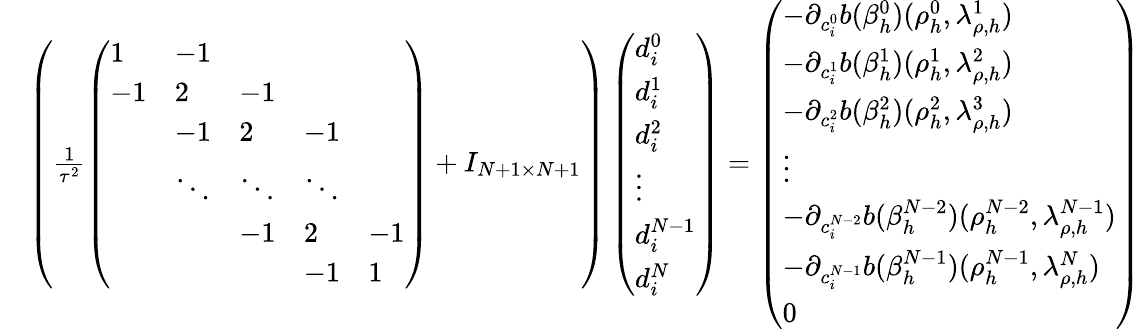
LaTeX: \begin{array}{rl}&{\left(\frac 1{\tau^{2}}\left(\begin{array}{lllll}{1}&{-1}&&&\\ {-1}&{2}&{-1}&&\\ &{-1}&{2}&{-1}&\\ &{\ddots}&{\ddots}&{\ddots}&\\ &&{-1}&{2}&{-1}\\ &&&{-1}&{1}\end{array}\right)+I_{N+1\times N+1}\right)\left(\begin{array}{l}{d_{i}^{0}}\\ {d_{i}^{1}}\\ {d_{i}^{2}}\\ {\vdots}\\ {d_{i}^{N-1}}\\ {d_{i}^{N}}\end{array}\right)=\left(\begin{array}{l}{-\partial_{c_{i}^{0}}b(\beta_{h}^{0})(\rho_{h}^{0},\lambda_{\rho,h}^{1})}\\ {-\partial_{c_{i}^{1}}b(\beta_{h}^{1})(\rho_{h}^{1},\lambda_{\rho,h}^{2})}\\ {-\partial_{c_{i}^{2}}b(\beta_{h}^{2})(\rho_{h}^{2},\lambda_{\rho,h}^{3})}\\ {\vdots}\\ {-\partial_{c_{i}^{N-2}}b(\beta_{h}^{N-2})(\rho_{h}^{N-2},\lambda_{\rho,h}^{N-1})}\\ {-\partial_{c_{i}^{N-1}}b(\beta_{h}^{N-1})(\rho_{h}^{N-1},\lambda_{\rho,h}^{N})}\\ {0}\end{array}\right)}\end{array}